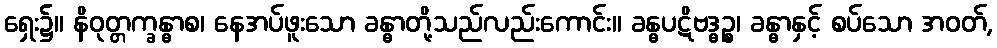
ရှေး၌။ နိဝုတ္တက္ခန္ဓာစ၊ နေအပ်ဖူးသော ခန္ဓာတို့သည်လည်းကောင်း။ ခန္ဓပဋိဗဒ္ဓဉ္စ၊ ခန္ဓာနှင့် စပ်သော အဝတ်,